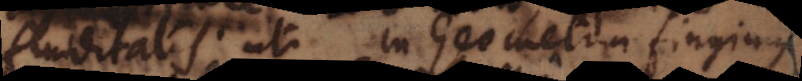
fluiditatis uti in Geometria fingimus